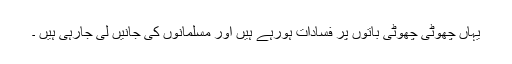
یہاں چھوٹی چھوٹی باتوں پر فسادات ہورہے ہیں اور مسلمانوں کی جانیں لی جارہی ہیں ۔